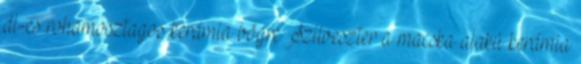
dl-es rohamosztagos kerámia bögre Szilveszter a macska alakú kerámia